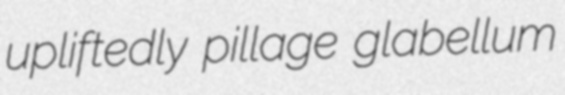
upliftedly pillage glabellum